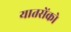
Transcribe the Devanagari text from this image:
यातसेंको